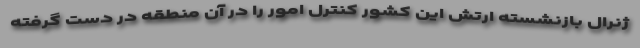
ژنرال بازنشسته ارتش این کشور کنترل امور را در آن منطقه در دست گرفته